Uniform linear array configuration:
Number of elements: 64
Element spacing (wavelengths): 0.5
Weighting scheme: kaiser
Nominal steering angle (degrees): -15
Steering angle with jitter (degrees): -13.837
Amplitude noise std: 0.05
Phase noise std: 0.05

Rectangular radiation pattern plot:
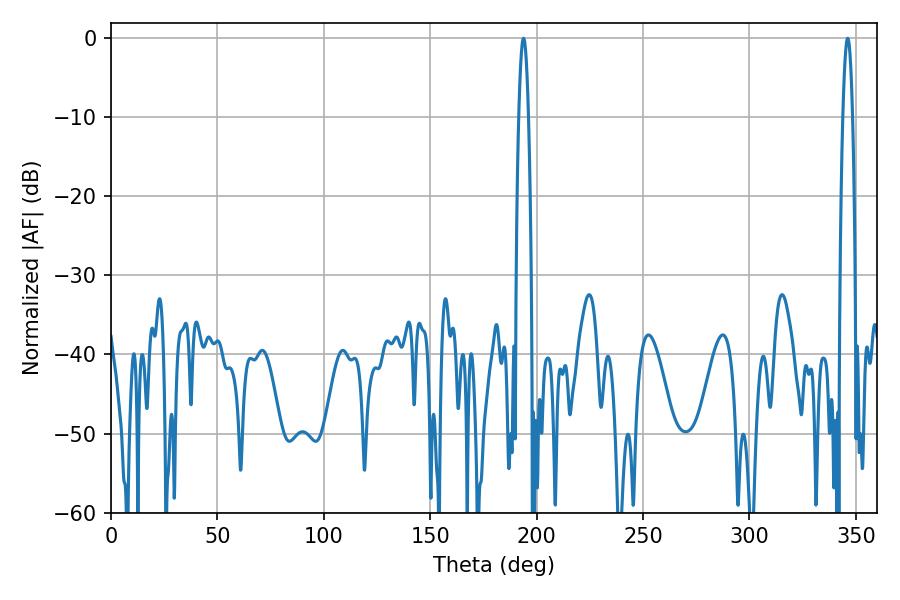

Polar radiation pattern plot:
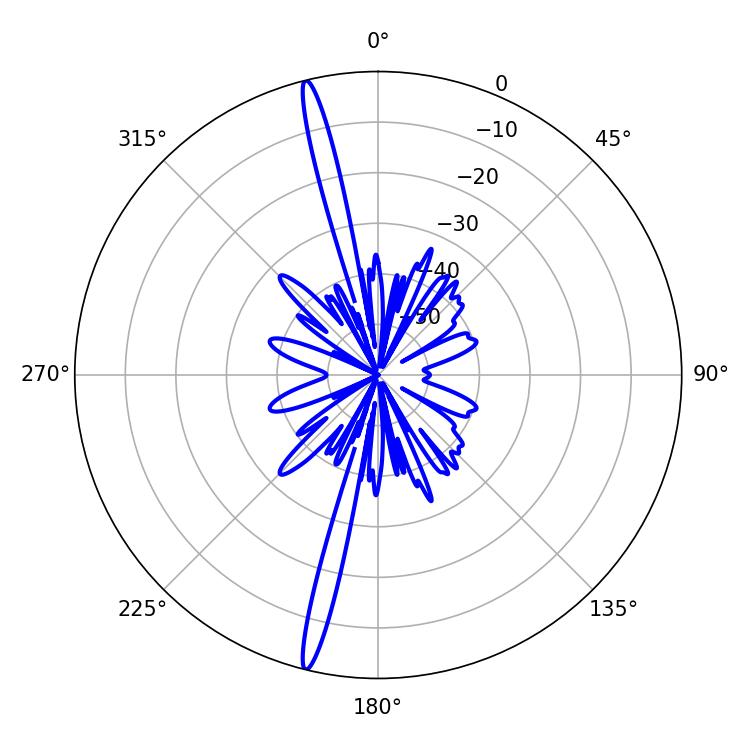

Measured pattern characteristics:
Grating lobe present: FALSE
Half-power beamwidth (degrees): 2.52
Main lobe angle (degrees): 193.86